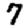
Digit: 7